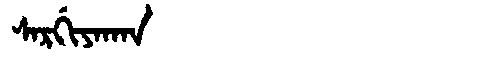
Manchu: ᠰᠠᡵᡤᡳᠶᠠᡴᠠᠨ
Romanization: SARGIYAKAN